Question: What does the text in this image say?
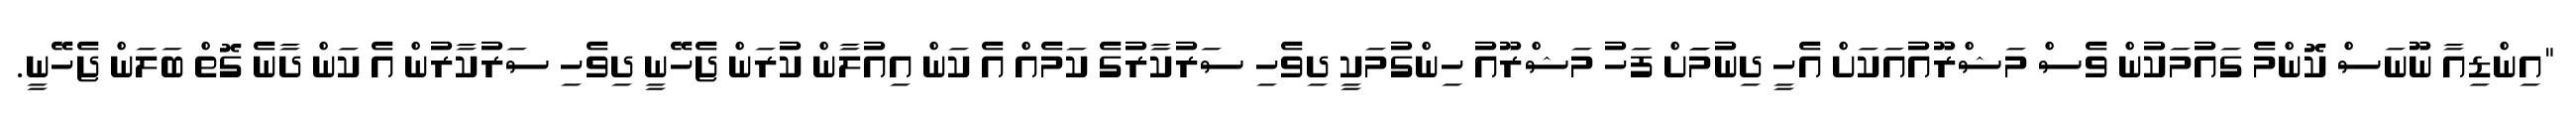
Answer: "އިންޑިއާ ނޫނަސް ކޮންމެ ގައުމަކުން ވެސް މަޝްރޫއުއަކަށް އެހީ ދިނުމަަށް ފަހު މަޝްރޫއު ހިންގުމަކީ ދިވެހި ސަރުކާރުގެ ކަމެއް އެ ކަން އިއުލާން ކުރަން ޖެހޭނީ ދިވެހި ސަރުކާރުން އެ ކަން ދާނެ ގޮތް ބަލަން ޖެހޭނީ.